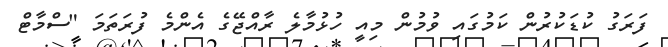
ފަރަގު ކުޑަކުރުން ކަމުގައި ވުމުން މިއީ ހުޅުމާލެ ރާއްޖޭގެ އެންމެ ފުރަތަމަ "ސްމާޓް